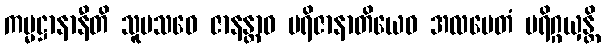
ကမ္မဋ္ဌာနာနီတိ သူပသဝေ ဇာနန္တာဝ ပရိဇာနာတိယေဝ အလမေတံ ပရိဂ္ဂယှန္တိ